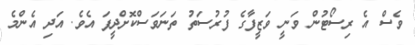
ވެސް އެ ރިސޯޓުން ވަނީ ވަޒީފާގެ ފުރުސަތު ތަނަވަސްކޮށްދީފަ އެވެ. އަދި އެންމެ